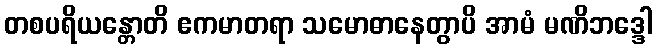
တစပရိယန္တောတိ ဧကမာတရာ သမောဓာနေတွာပိ အာမံ မဏိဘဒ္ဒေါ